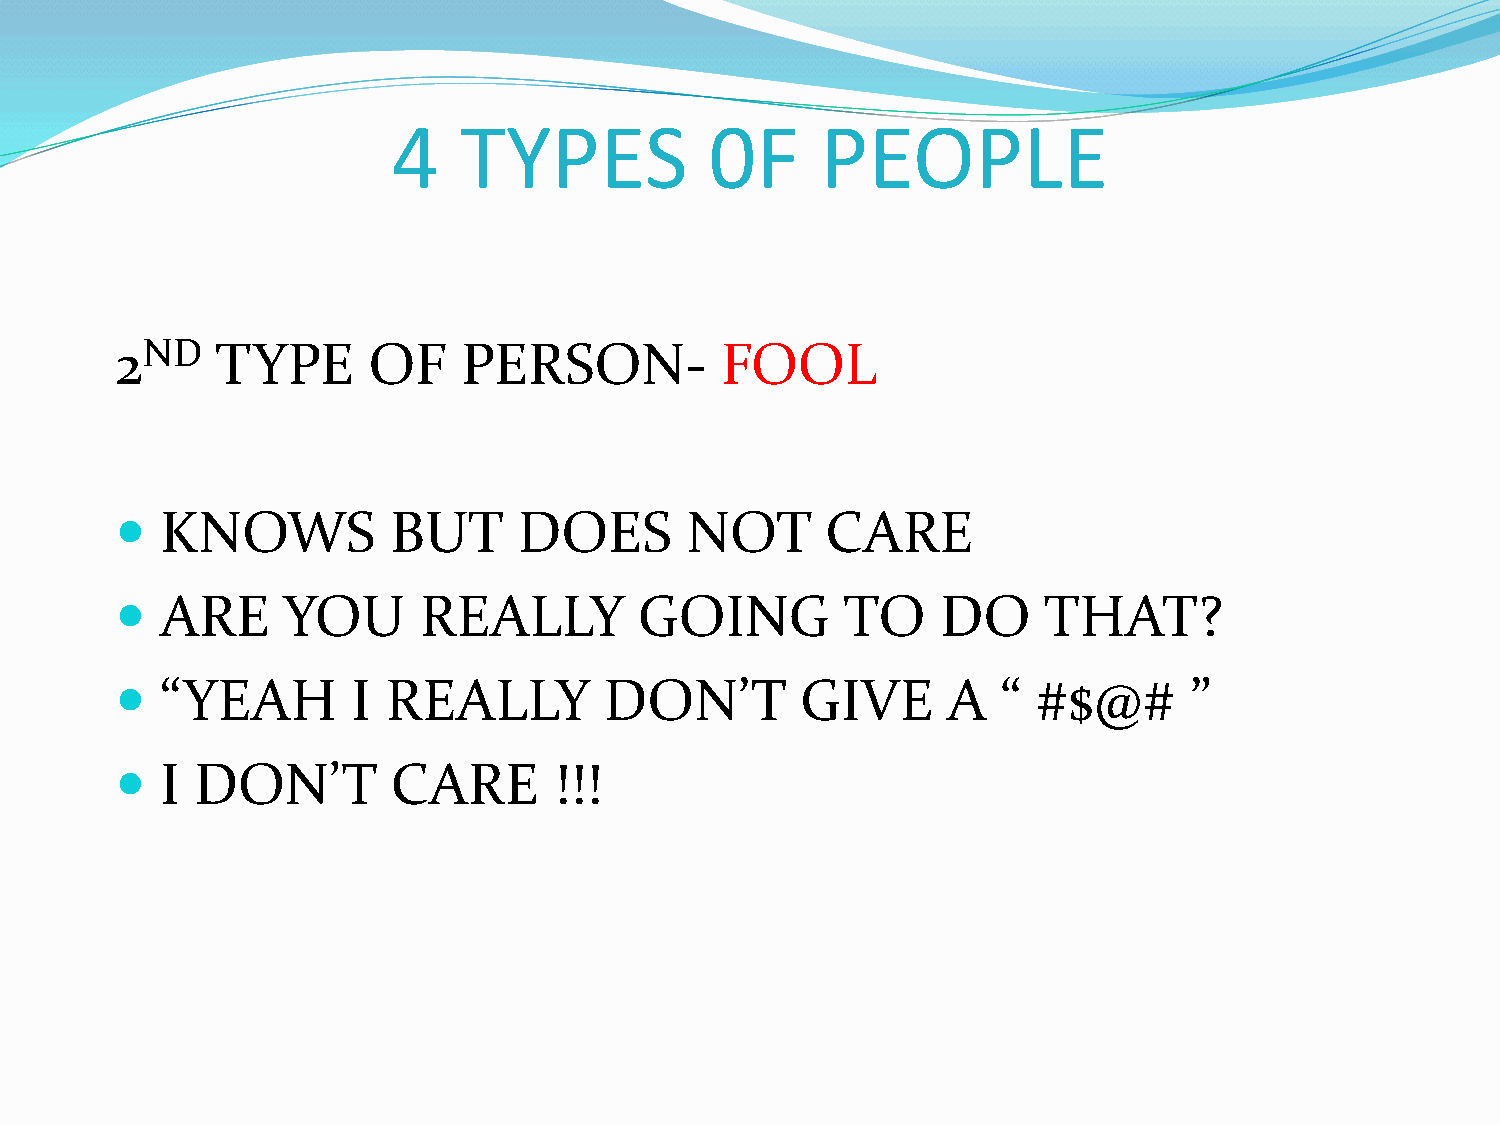
4   TYPES            0F     PEOPLE
 2ND   TYPE      OF     PERSON-          FOOL
   KNOWS          BUT     DOES       NOT       CARE
   ARE     YOU      REALLY        GOING         TO    DO     THAT?
   “YEAH       I  REALLY        DON’T        GIVE      A  “  #$@#      ”
   I DON’T        CARE       !!!